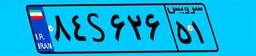
۵۳S۹۹۳۳۴